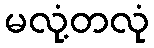
မလုံ့တလုံ